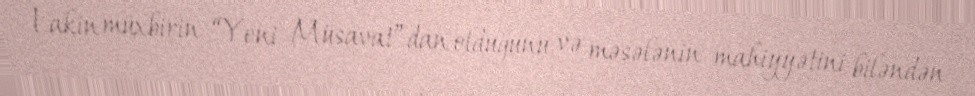
Lakin müxbirin “Yeni Müsavat”dan olduğunu və məsələnin mahiyyətini biləndən